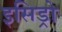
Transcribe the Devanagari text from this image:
इसिड्रो